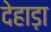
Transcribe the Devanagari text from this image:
देहाड़ा